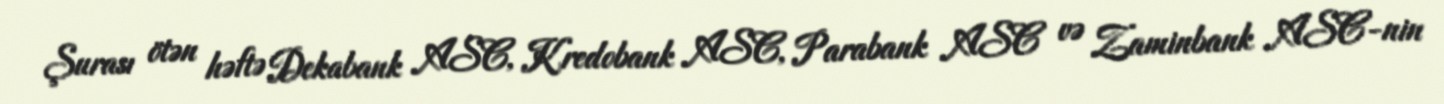
Şurası ötən həftə Dekabank ASC, Kredobank ASC, Parabank ASC və Zaminbank ASC-nin